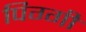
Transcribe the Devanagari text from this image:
पिग्गी